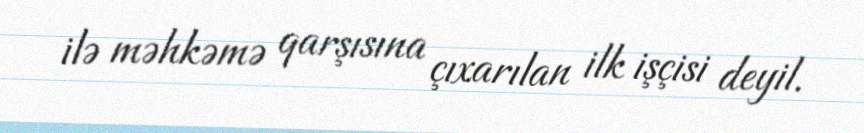
ilə məhkəmə qarşısına çıxarılan ilk işçisi deyil.